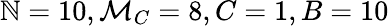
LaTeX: \mathbb{N}=10,\mathcal{{M}}_{C}=8,C=1,B=10